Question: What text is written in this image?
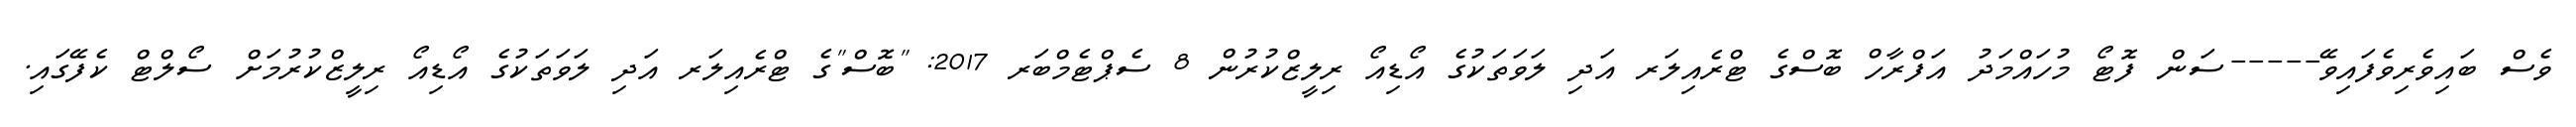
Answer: ވެސް ބައިވެރިވެފައިވޭ-----ސަން ފޮޓޯ މުހައްމަދު އަފްރާހް ބޮސްގެ ޓްރެއިލަރ އަދި ލަވަތަކުގެ އޯޑިއޯ ރިލީޒްކުރުން 8 ސެޕްޓެމްބަރ 2017: "ބޮސް"ގެ ޓްރެއިލަރ އަދި ލަވަތަކުގެ އޯޑިއޯ ރިލީޒްކުރުމަށް ސޯލްޓް ކެފޭގައި.